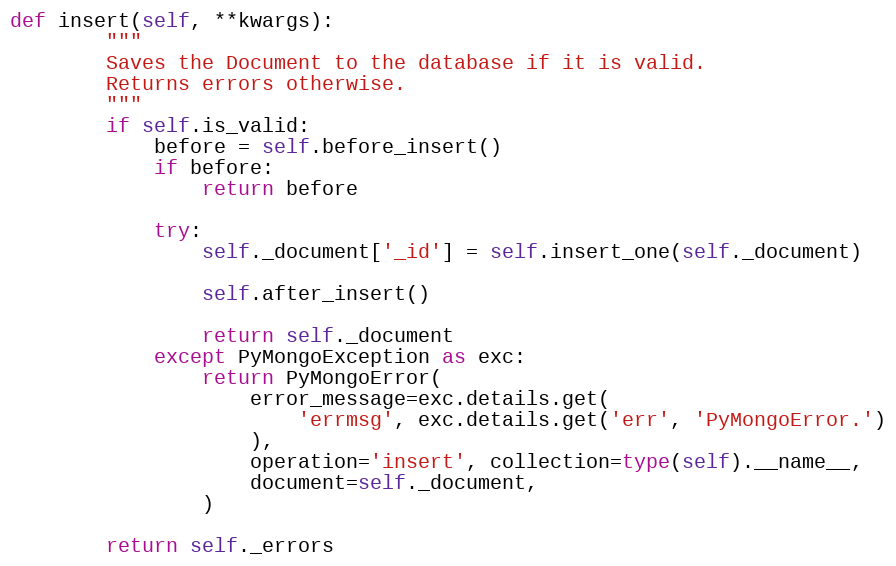
Language: Python
def insert(self, **kwargs):
        """
        Saves the Document to the database if it is valid.
        Returns errors otherwise.
        """
        if self.is_valid:
            before = self.before_insert()
            if before:
                return before

            try:
                self._document['_id'] = self.insert_one(self._document)

                self.after_insert()

                return self._document
            except PyMongoException as exc:
                return PyMongoError(
                    error_message=exc.details.get(
                        'errmsg', exc.details.get('err', 'PyMongoError.')
                    ),
                    operation='insert', collection=type(self).__name__,
                    document=self._document,
                )

        return self._errors